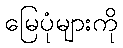
မြေပုံများကို